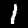
Label: 1